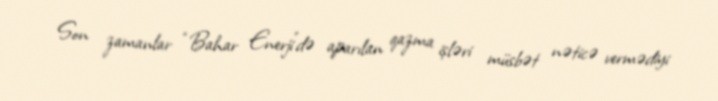
Son zamanlar “Bahar Enerji”də aparılan qazma işləri müsbət nəticə vermədiyi